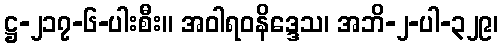
ဋ္ဌ-၂၁၇-၆-ပါးစီး။ အဝါရဝနိဒ္ဒေသ၊ အဘိ-၂-ပါ-၃၂၉၊